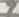
Text: 7